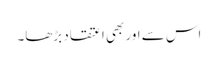
اس سے اور بھی اعتقاد بڑھا۔